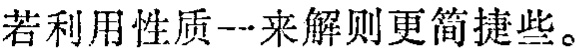
若利用性质一来解则更简捷些。